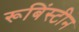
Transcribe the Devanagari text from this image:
रूबिंस्टीन